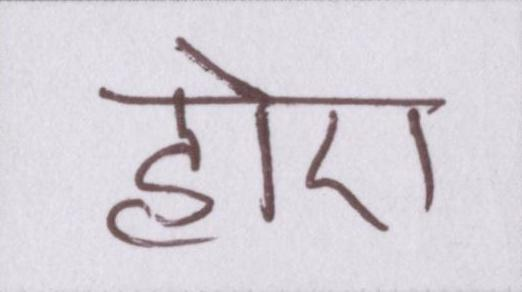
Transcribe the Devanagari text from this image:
होए